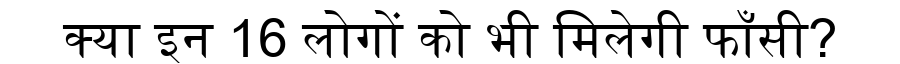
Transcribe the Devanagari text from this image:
क्या इन 16 लोगों को भी मिलेगी फाँसी?